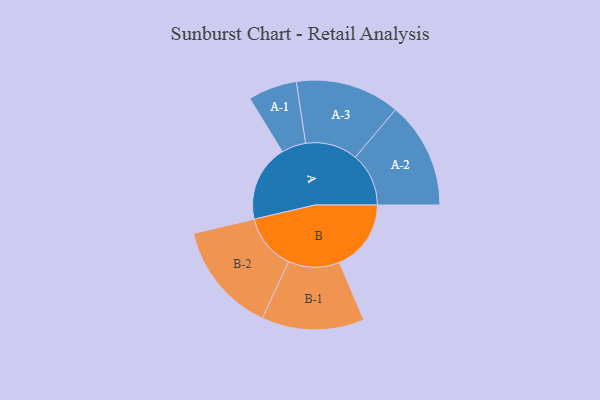
{"axis": {"x": "Segment", "y": "Value"}, "legend": ["", "A", "B"], "data": [{"x": "A", "y": 414, "type": ""}, {"x": "B", "y": 387, "type": ""}, {"x": "A-1", "y": 132, "type": "A"}, {"x": "A-2", "y": 288, "type": "A"}, {"x": "A-3", "y": 282, "type": "A"}, {"x": "B-1", "y": 277, "type": "B"}, {"x": "B-2", "y": 300, "type": "B"}]}